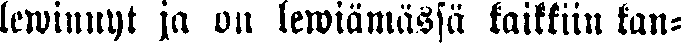
lewinnyt ja on lewiämässä kaikkiin kan-